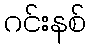
ဂင်းနစ်